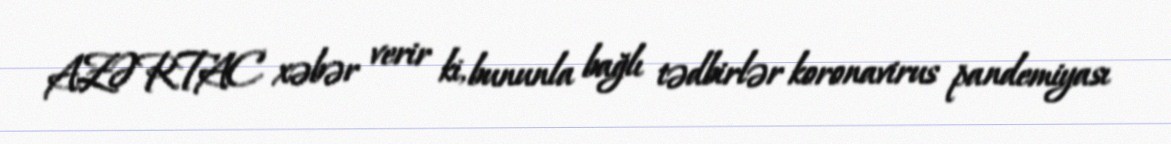
AZƏRTAC xəbər verir ki, bununla bağlı tədbirlər koronavirus pandemiyası